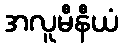
အလူမီနီယံ